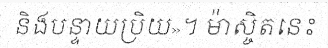
និងបន្ទាយប្រិយ»។ ម៉ាស្ចិតនេះ